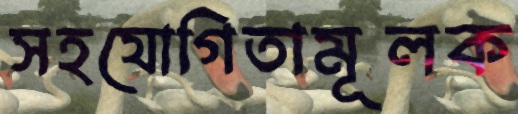
সহযোগিতামূলক